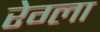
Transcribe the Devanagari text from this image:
रेग्ला